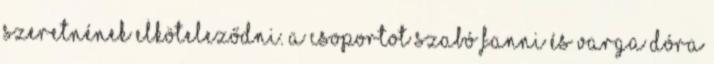
szeretnének elköteleződni. A csoportot Szabó Fanni és Varga Dóra